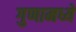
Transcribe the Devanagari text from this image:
गुणामध्ये